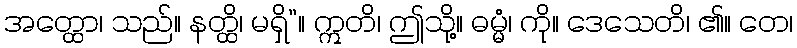
အတ္ထော၊ သည်။ နတ္ထိ၊ မရှိ”။ ဣတိ၊ ဤသို့။ ဓမ္မံ၊ ကို။ ဒေသေတိ၊ ၏။ တေ၊